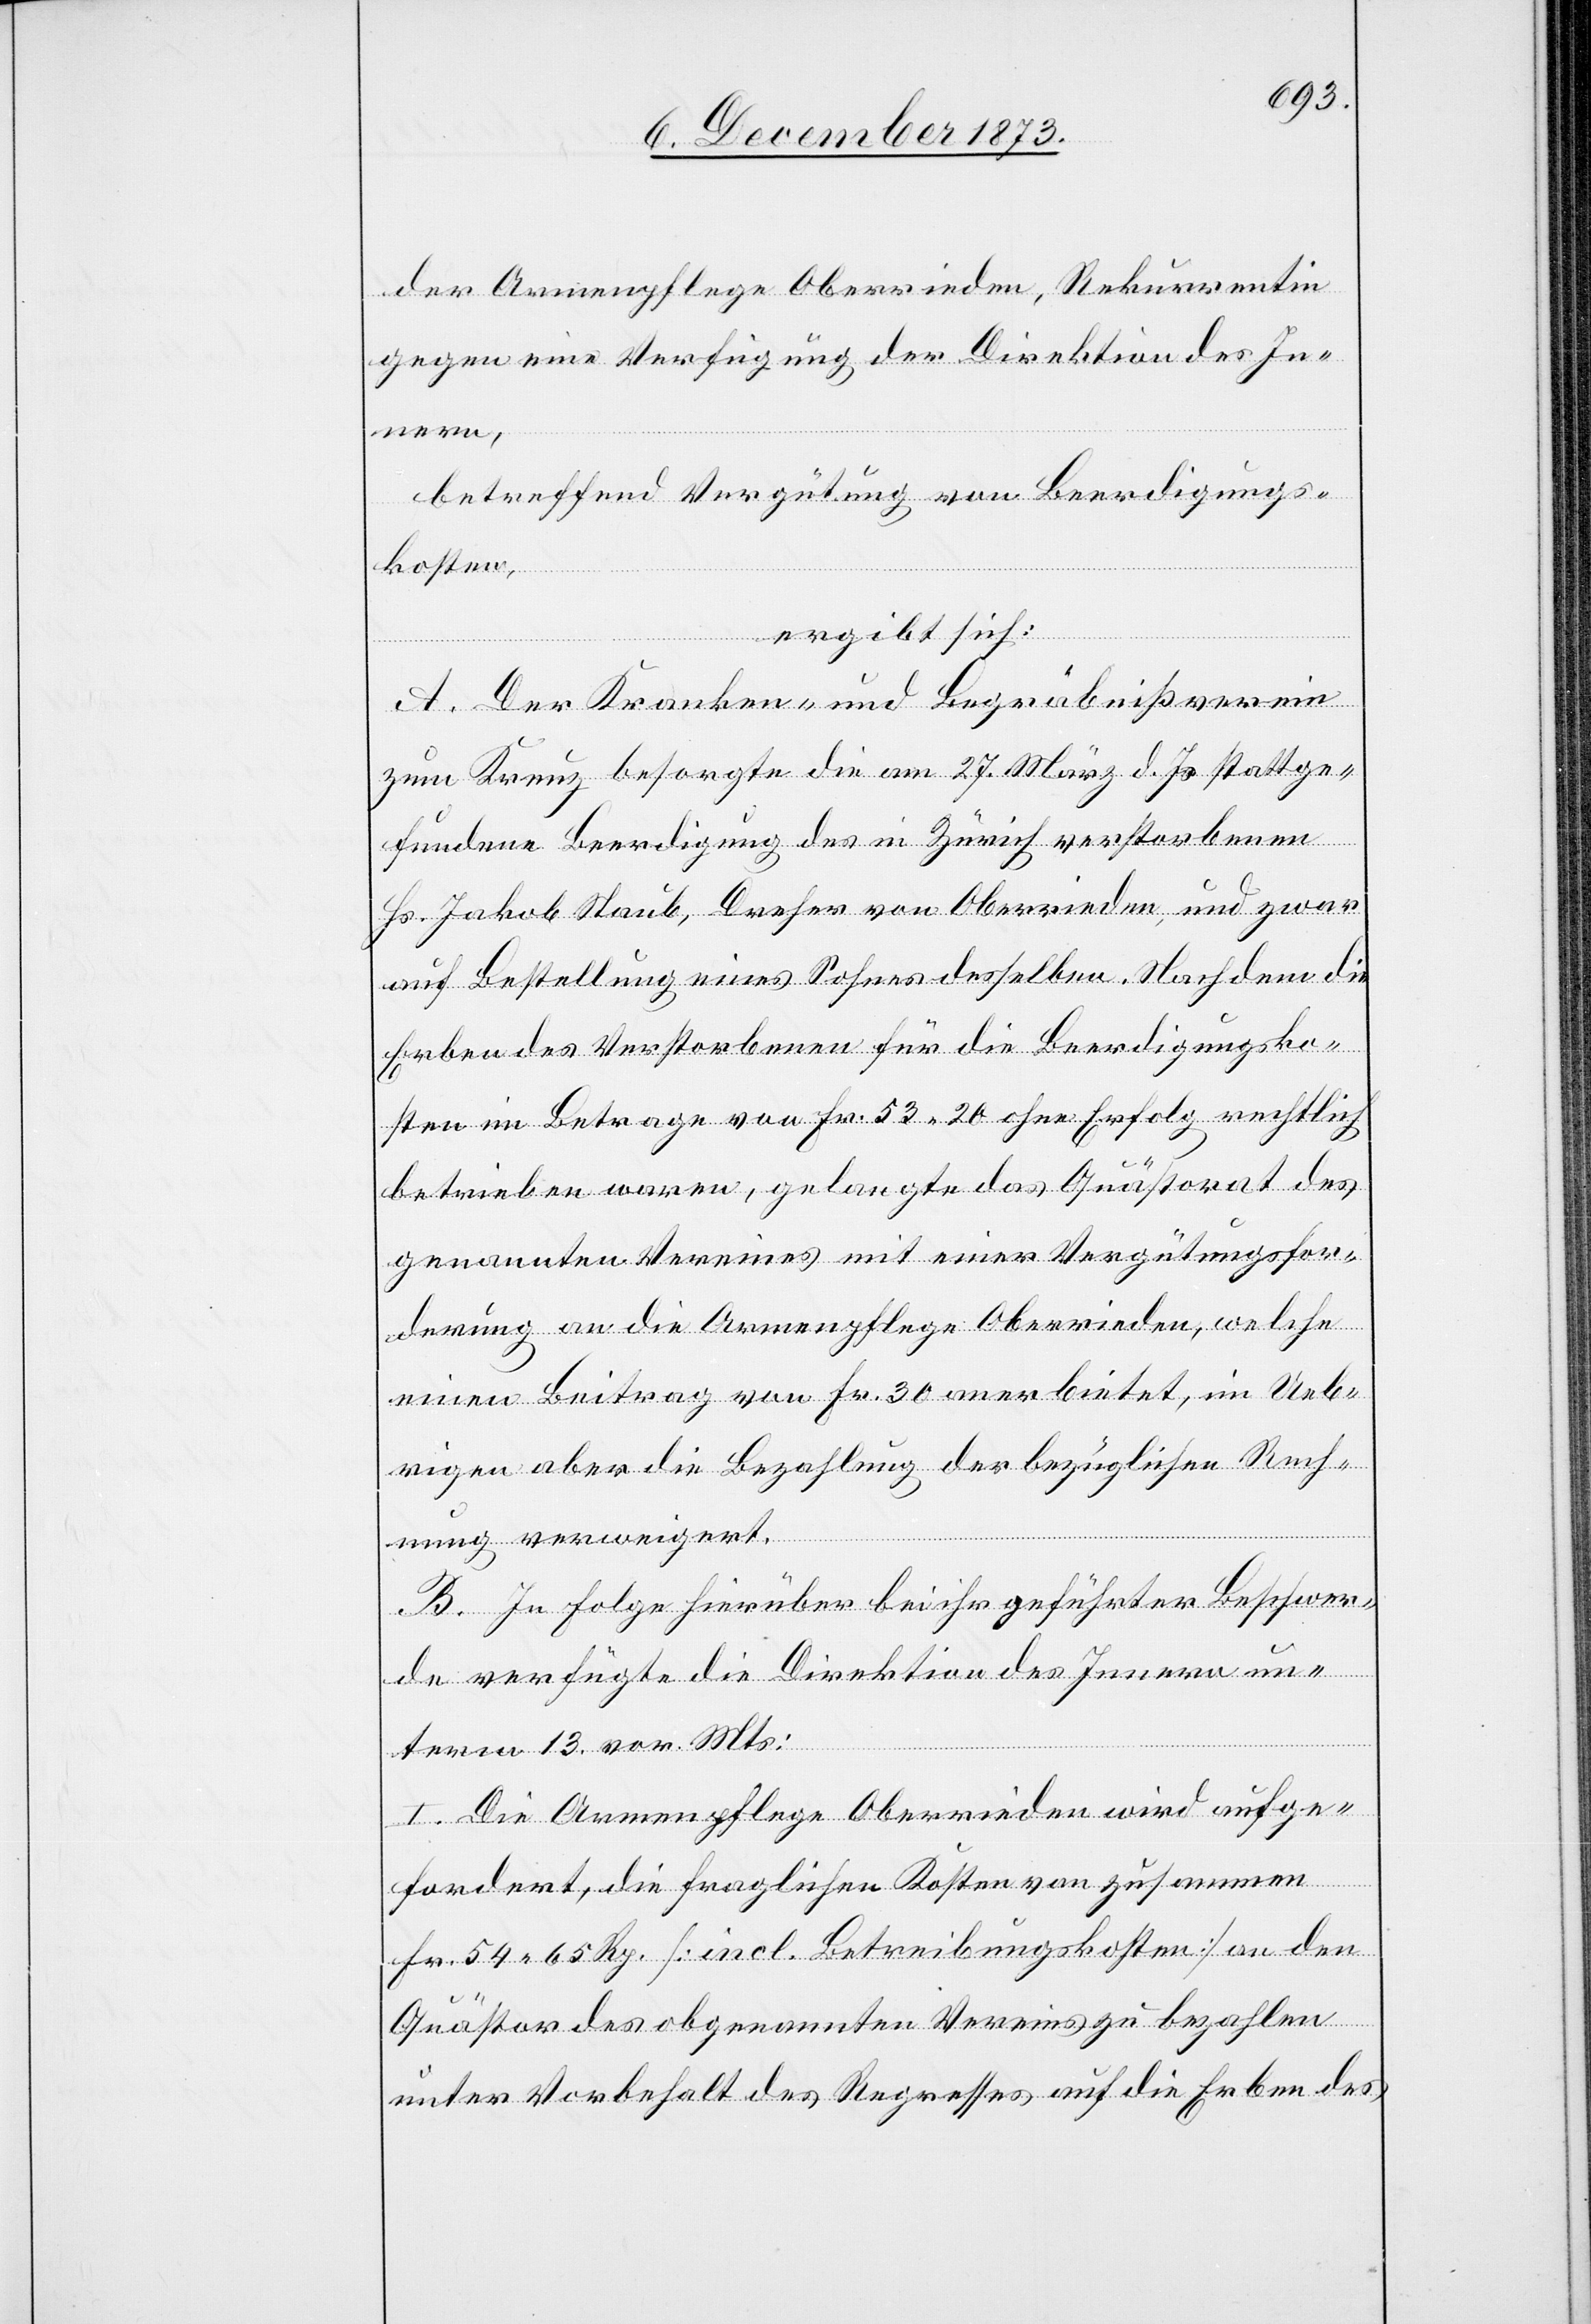
der Armenpflege Oberrieden, Rekurrentin
gegen eine Verfügung der Direktion des In¬
nern,
betreffend Vergütung von Beerdigungs¬
kosten,
ergibt sich:
A. Der Kranken- und Begräbnißverein
zum Kreuz besorgte die am 27. März d. Js. stattge¬
fundene Beerdigung des in Zürich verstorbenen
Hs. Jakob Staub, Dreher von Oberrieden, und zwar
auf Bestellung eines Sohnes desselben. Nachdem die
Erben des Verstorbenen für die Beerdigungsko¬
sten im Betrage von Fr. 53 20 ohne Erfolg rechtlich
betrieben waren, gelangte das Quästorat des
genannten Vereines mit einer Vergütungsfor¬
derung an die Armenpflege Oberrieden, welche
einen Beitrag von Fr. 30 anerbietet, im Ueb¬
rigen aber die Bezahlung der bezüglichen Rech¬
nung verweigert.
B. In Folge hierüber bei ihr geführter Beschwer¬
de verfügte die Direktion des Innern un¬
term 13. vor. Mts:
I. Die Armenpflege Oberrieden wird aufge¬
fordert, die fraglichen Kosten von zusammen
Fr. 54 65 Rp. [incl. Betreibungskosten] an den
Quästor des obgenannten Vereins zu bezahlen
unter Vorbehalt des Regresses auf die Erben des